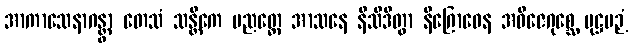
အာကာသေနာဂန္တွာ တေသံ သန္တိကေ ပညတ္တေ အာသနေ နိသီဒိတွာ နိဂြောဓေန အဓိဇေဂုစ္ဆေ ပုဋ္ဌပဉှံ